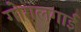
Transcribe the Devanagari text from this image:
गोगलगाई